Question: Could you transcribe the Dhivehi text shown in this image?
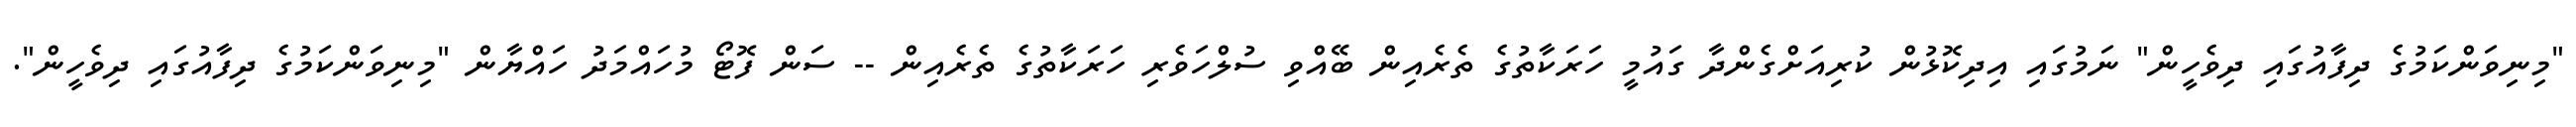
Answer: "މިނިވަންކަމުގެ ދިފާއުގައި ދިވެހީން" ނަމުގައި އިދިކޮޅުން ކުރިއަށްގެންދާ ގައުމީ ހަރަކާތުގެ ތެރެއިން ބޭއްވި ސުލްހަވެރި ހަރަކާތުގެ ތެރެއިން -- ސަން ފޮޓޯ މުހައްމަދު ހައްޔާން "މިނިވަންކަމުގެ ދިފާއުގައި ދިވެހީން".